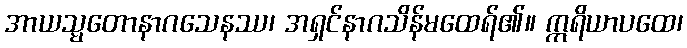
အာယသ္မတောနာဂသေနဿ၊ အရှင်နာဂသိန်မထေရ်၏။ ဣရိယာပထေ၊